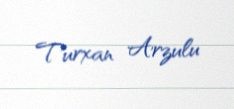
Turxan Arzulu